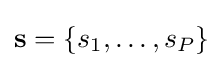
\mathbf {s} =\{s_{1},\dots ,s_{P}\}